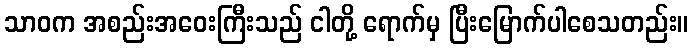
သာဝက အစည်းအဝေးကြီးသည် ငါတို့ ရောက်မှ ပြီးမြောက်ပါစေသတည်း။